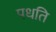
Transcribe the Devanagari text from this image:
पधति